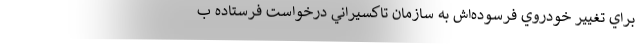
براي تغيير خودروي فرسوده‌اش به سازمان تاكسيراني درخواست فرستاده ب